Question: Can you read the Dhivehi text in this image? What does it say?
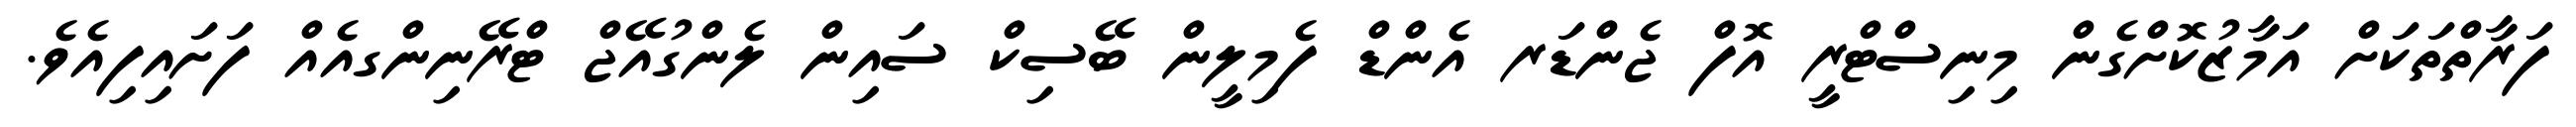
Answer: ފަރާތްތަކަށް އަމާޒުކޮށްގެން މިނިސްޓްރީ އޮފް ޖެންޑަރ އެންޑް ފެމިލީން ބޭސިކް ސައިން ލެންގުއޭޖް ޓްރޭނިންގއެއް ފަށައިފިއެވެ.